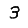
Digit: 3